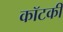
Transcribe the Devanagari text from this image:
कॉटकी